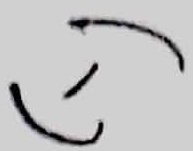
Text: (-)